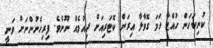
ކުނިކަހަން ހުއްޓާ ހަމަ ގޮވާލާ އިރަށް ކޮޓަރިއަށް ދިއުމެއް ނޫނެވެ. ފިރިހެނުންނަށް ވަނީ